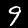
Label: 9